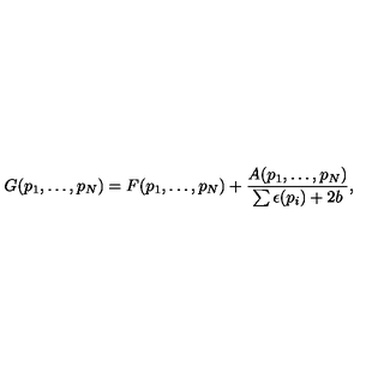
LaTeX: G ( p _ { 1 } , \ldots , p _ { N } ) = F ( p _ { 1 } , \ldots , p _ { N } ) + { \frac { A ( p _ { 1 } , \ldots , p _ { N } ) } { \sum \epsilon ( p _ { i } ) + 2 b } } ,